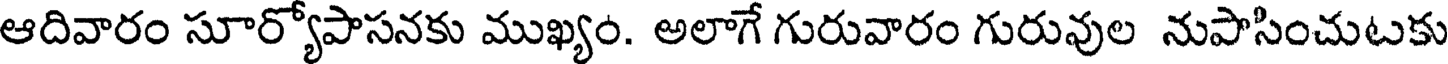
ఆదివారం సూర్యోపాసనకు ముఖ్యం. అలాగే గురువారం గురువుల నుపాసించుటకు